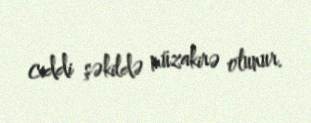
ciddi şəkildə müzakirə olunur.